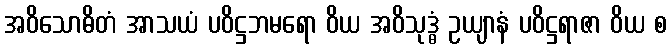
အဝိသောဓိတံ အာသယံ ပဝိဋ္ဌဘမရော ဝိယ အဝိသုဒ္ဓံ ဥယျာနံ ပဝိဋ္ဌရာဇာ ဝိယ စ